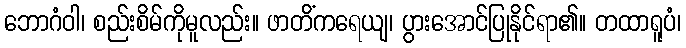
ဘောဂံဝါ၊ စည်းစိမ်ကိုမူလည်း။ ဖာတိံကရေယျ၊ ပွားအောင်ပြုနိုင်ရာ၏။ တထာရူပံ၊